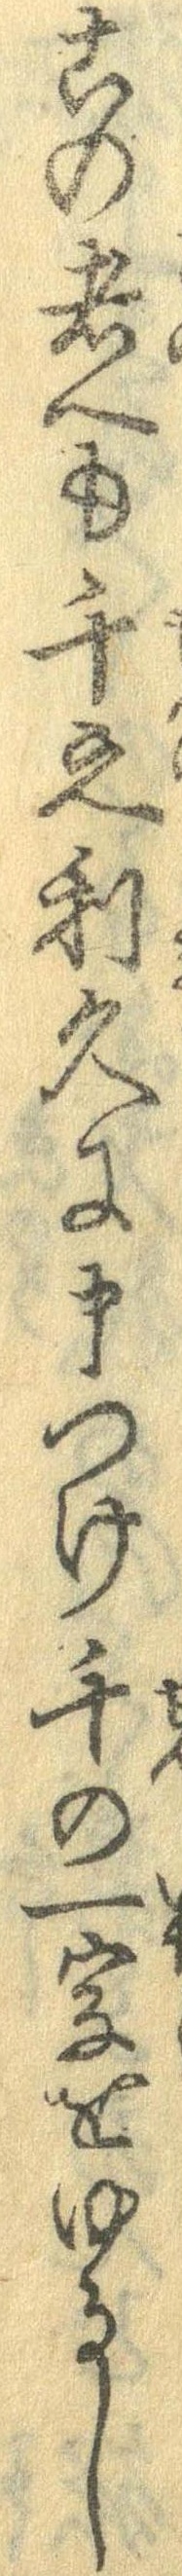
この者へも千之利久に申つけ千の一字をゆるし